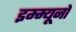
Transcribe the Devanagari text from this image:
इम्म्यूनो